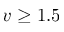
v \geq 1 . 5